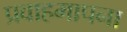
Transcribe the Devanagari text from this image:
प्रवाहमापना